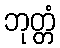
ဘုတ္တံ